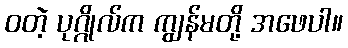
ဝတဲ့ ပုဂ္ဂိုလ်က ကျွန်မတို့ အဖေပါ။